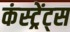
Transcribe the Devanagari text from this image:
कंस्ट्रेंट्स